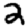
Digit: 2